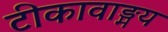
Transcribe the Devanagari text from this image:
टीकावाङ्मय